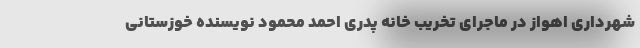
شهرداری اهواز در ماجرای تخریب خانه پدری احمد محمود نویسنده خوزستانی